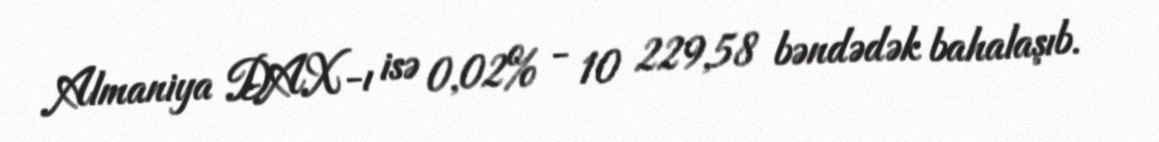
Almaniya DAX-ı isə 0,02% - 10 229,58 bəndədək bahalaşıb.